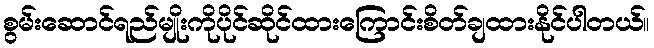
စွမ်းဆောင်ရည်မျိုးကိုပိုင်ဆိုင်ထားကြောင်းစိတ်ချထားနိုင်ပါတယ်။